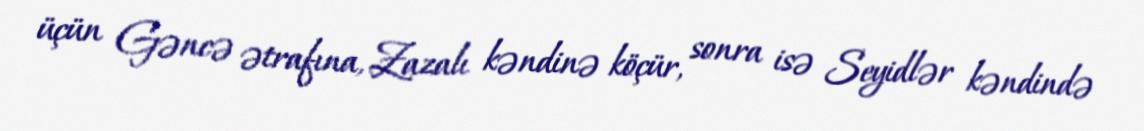
üçün Gəncə ətrafına, Zazalı kəndinə köçür, sonra isə Seyidlər kəndində